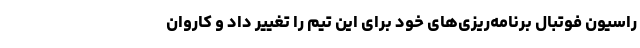
راسیون فوتبال برنامه‌ریزی‌های خود برای این تیم را تغییر داد و کاروان